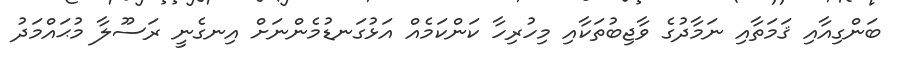
ބަންގިއާއި ޤަމަތާއި ނަމާދުގެ ވާޖިބުތަކާއި މިހުރިހާ ކަންކަމެއް އަޅުގަނޑުމެންނަށް އިނގެނީ ރަސޫލާ މުޙައްމަދު